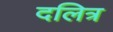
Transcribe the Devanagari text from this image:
दलित्र